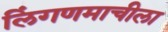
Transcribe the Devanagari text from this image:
लिंगणमाचीला